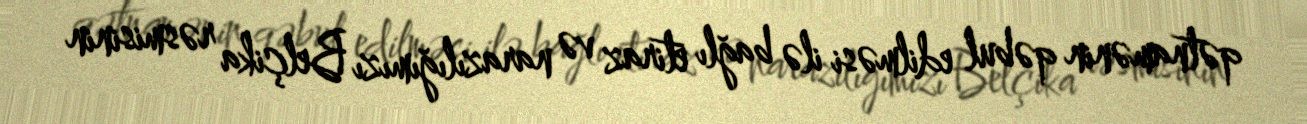
qətnamənin qəbul edilməsi ilə bağlı etiraz və narazılığımızı Belçika rəsmisinin